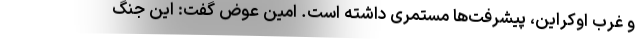
و غرب اوکراین، پیشرفت‌ها مستمری داشته است. امین عوض گفت: این جنگ